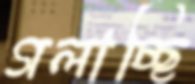
গলাচ্ছি